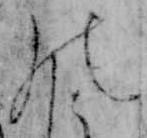
の